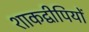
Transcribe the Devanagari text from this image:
शाकद्वीपियों